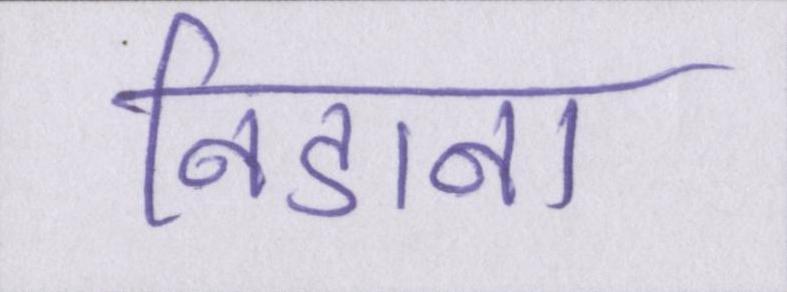
निडाना